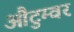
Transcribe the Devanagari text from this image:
औटुम्वर